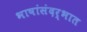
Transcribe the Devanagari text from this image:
भाषांसंदर्भात